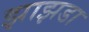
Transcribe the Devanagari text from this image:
झाझडा